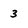
Character: 3